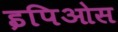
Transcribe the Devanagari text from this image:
इपिओस